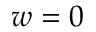
w = 0